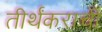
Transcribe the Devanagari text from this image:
तीर्थंकराची